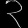
Digit: ၃